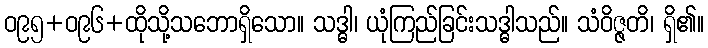
ဝ၉၅+ဝ၉၆+ထိုသို့သဘောရှိသော။ သဒ္ဓါ၊ ယုံကြည်ခြင်းသဒ္ဓါသည်။ သံဝိဇ္ဇတိ၊ ရှိ၏။